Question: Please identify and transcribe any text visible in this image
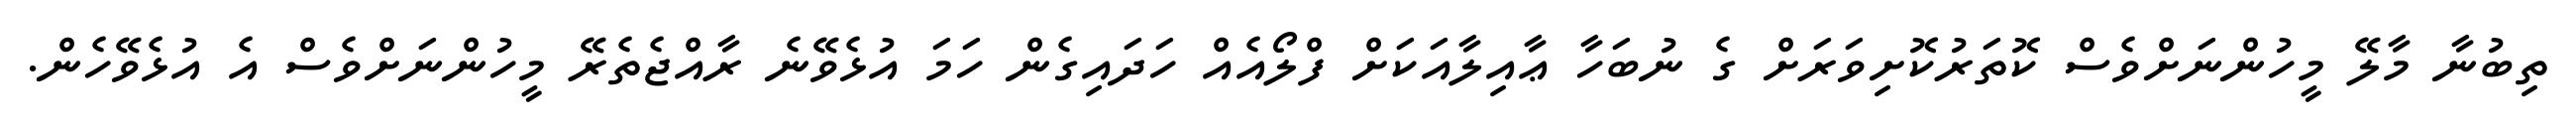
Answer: ތިބުނާ މާލޭ މީހުންނަށްވެސް ކޮތަރުކޮށިވަރަށް ގެ ނުބަހާ ޢާއިލާއަކަށް ފްލޯއެއް ހަދައިގެން ހަމަ އުޅެވޭނެ ރާއްޖެތެރޭ މީހުންނަށްވެސް އެ އުޅެވޭހެން.